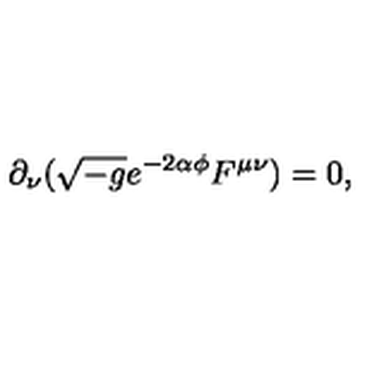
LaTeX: \partial _ { \nu } ( \sqrt { - g } e ^ { - 2 \alpha \phi } F ^ { \mu \nu } ) = 0 ,